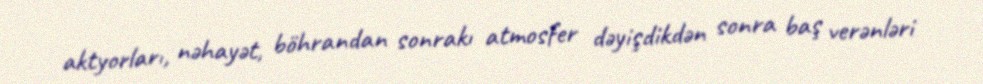
aktyorları, nəhayət, böhrandan sonrakı atmosfer dəyişdikdən sonra baş verənləri